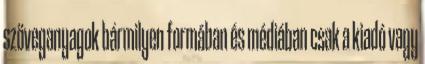
szöveganyagok bármilyen formában és médiában csak a kiadó vagy